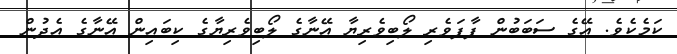
ކަމެކެވެ. އޭގެ ސަބަބުން ފާފަވެރި ލޯބިވެރިޔާ އޭނާގެ ލޯބިވެރިޔާގެ ކިބައިން އޭނާގެ އެދުން